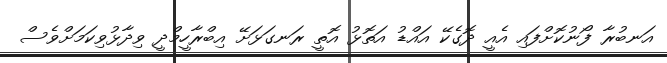
އަނބުރާ ފޯނުކޮށްފައި އެއީ ދޮގެކޭ އައްޑު އަތޮޅު އޮތީ ރަނގަޅަށޭ އިބްރާހީމްދީ ވިދާޅުވިކަމަށްވެސް